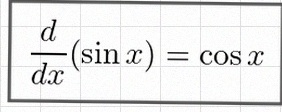
\frac{d}{dx}(\sin x)=\cos x